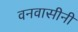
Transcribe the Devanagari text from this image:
वनवासीनी